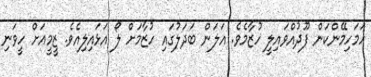
ހަމަހިމޭންކަން ފޫދުއްވައިލީ ހުޒާމެވެ. އަލަން ބަދަލުގައި ހުޒާމަށް ލޯ އަޅައިލިއެވެ. ޒީމީއަށް ހީވަނި